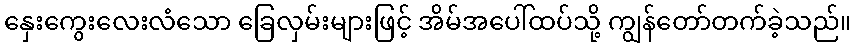
နှေးကွေးလေးလံသော ခြေလှမ်းများဖြင့် အိမ်အပေါ်ထပ်သို့ ကျွန်တော်တက်ခဲ့သည်။